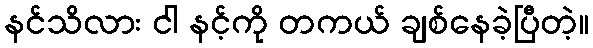
နင်သိလား ငါ နင့်ကို တကယ် ချစ်နေခဲ့ပြီတဲ့။